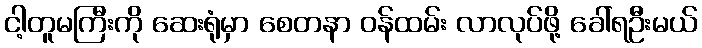
ငါ့တူမကြီးကို ဆေးရုံမှာ စေတနာ ဝန်ထမ်း လာလုပ်ဖို့ ခေါ်ရဦးမယ်